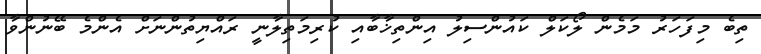
ތިބެ މިފަހަރު މަމެން ލޯކަލް ކައުންސިލު އިންތިޚާބާއި ކުރިމަތިލާނީ ރައްޔިތުންނަށް އެންމެ ބޭނުންވާ